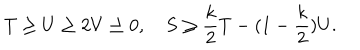
T \geq U \geq 2 V \geq 0 , \quad S \geq { \frac { k } { 2 } } T - ( 1 - { \frac { k } { 2 } } ) U .